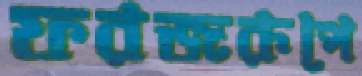
ফরজরূপে